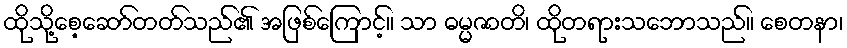
ထိုသို့စေ့ဆော်တတ်သည်၏ အဖြစ်ကြောင့်။ သာ ဓမ္မဇာတိ၊ ထိုတရားသဘောသည်။ စေတနာ၊